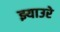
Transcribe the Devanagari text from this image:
झ्याउरे